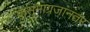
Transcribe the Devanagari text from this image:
कुसुमाग्रजांनंतर